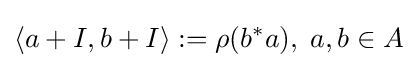
\langle a+I,b+I\rangle :=\rho (b^{*}a),\;a,b\in A